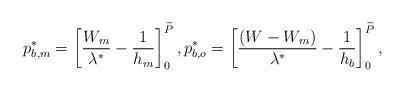
LaTeX: \begin{align*}p_{b,m}^* = \left[ {\frac{{{W_m}}}{{{\lambda ^*}}} - \frac{1}{{{h_m}}}} \right]_0^{\widetilde P},p_{b,o}^* = \left[ {\frac{{{\left( {W - {W_m}} \right)}}}{{{\lambda ^*}}} - \frac{1}{{{h_b}}}} \right]_0^{\widetilde P},\end{align*}